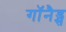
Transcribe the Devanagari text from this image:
गॉनैड्स